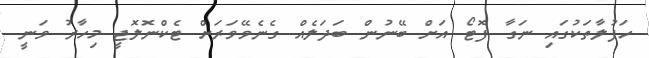
ހަފުލާތަކުގައި ނަގާ ފޮޓޯ އަށް ބޭނުން ބަދަލެއް ގެނެވޭވަރަށް ޓެކްނޮލޮޖީ މިހާރު ވަނީ